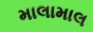
માલામાલ